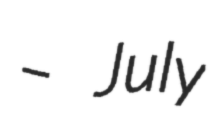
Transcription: – July